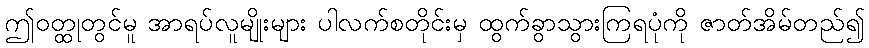
ဤဝတ္ထုတွင်မူ အာရပ်လူမျိုးများ ပါလက်စတိုင်းမှ ထွက်ခွာသွားကြရပုံကို ဇာတ်အိမ်တည်၍